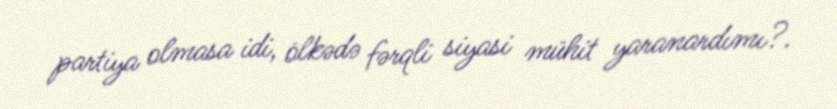
partiya olmasa idi, ölkədə fərqli siyasi mühit yaranardımı?.